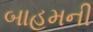
બાહમની